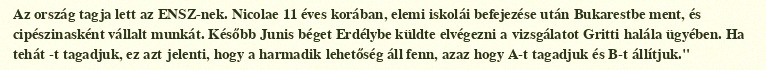
Az ország tagja lett az ENSZ-nek. Nicolae 11 éves korában, elemi iskolái befejezése után Bukarestbe ment, és cipészinasként vállalt munkát. Később Junis béget Erdélybe küldte elvégezni a vizsgálatot Gritti halála ügyében. Ha tehát -t tagadjuk, ez azt jelenti, hogy a harmadik lehetőség áll fenn, azaz hogy A-t tagadjuk és B-t állítjuk."